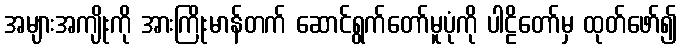
အများအကျိုးကို အားကြိုးမာန်တက် ဆောင်ရွက်တော်မူပုံကို ပါဠိတော်မှ ထုတ်ဖော်၍